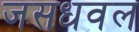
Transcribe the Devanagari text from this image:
जसधवल